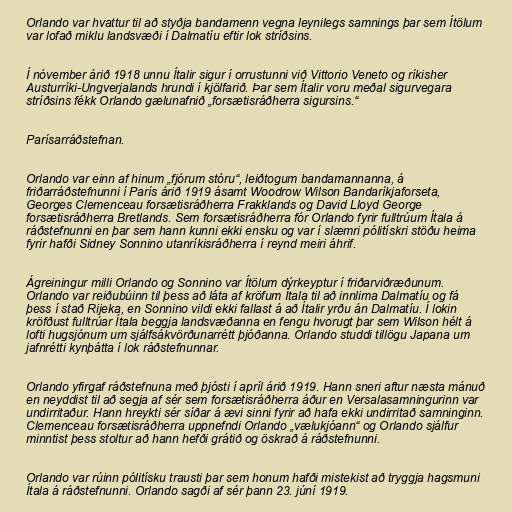
Orlando var hvattur til að styðja bandamenn vegna leynilegs samnings þar sem Ítölum
var lofað miklu landsvæði í Dalmatíu eftir lok stríðsins.

Í nóvember árið 1918 unnu Ítalir sigur í orrustunni við Vittorio Veneto og ríkisher
Austurríki-Ungverjalands hrundi í kjölfarið. Þar sem Ítalir voru meðal sigurvegara
stríðsins fékk Orlando gælunafnið „forsætisráðherra sigursins.“

Parísarráðstefnan.

Orlando var einn af hinum „fjórum stóru“, leiðtogum bandamannanna, á
friðarráðstefnunni í París árið 1919 ásamt Woodrow Wilson Bandaríkjaforseta,
Georges Clemenceau forsætisráðherra Frakklands og David Lloyd George
forsætisráðherra Bretlands. Sem forsætisráðherra fór Orlando fyrir fulltrúum Ítala á
ráðstefnunni en þar sem hann kunni ekki ensku og var í slæmri pólitískri stöðu heima
fyrir hafði Sidney Sonnino utanríkisráðherra í reynd meiri áhrif.

Ágreiningur milli Orlando og Sonnino var Ítölum dýrkeyptur í friðarviðræðunum.
Orlando var reiðubúinn til þess að láta af kröfum Ítala til að innlima Dalmatíu og fá
þess í stað Rijeka, en Sonnino vildi ekki fallast á að Ítalir yrðu án Dalmatíu. Í lokin
kröfðust fulltrúar Ítala beggja landsvæðanna en fengu hvorugt þar sem Wilson hélt á
lofti hugsjónum um sjálfsákvörðunarrétt þjóðanna. Orlando studdi tillögu Japana um
jafnrétti kynþátta í lok ráðstefnunnar.

Orlando yfirgaf ráðstefnuna með þjósti í apríl árið 1919. Hann sneri aftur næsta mánuð
en neyddist til að segja af sér sem forsætisráðherra áður en Versalasamningurinn var
undirritaður. Hann hreykti sér síðar á ævi sinni fyrir að hafa ekki undirritað samninginn.
Clemenceau forsætisráðherra uppnefndi Orlando „vælukjóann“ og Orlando sjálfur
minntist þess stoltur að hann hefði grátið og öskrað á ráðstefnunni.

Orlando var rúinn pólitísku trausti þar sem honum hafði mistekist að tryggja hagsmuni
Ítala á ráðstefnunni. Orlando sagði af sér þann 23. júní 1919.